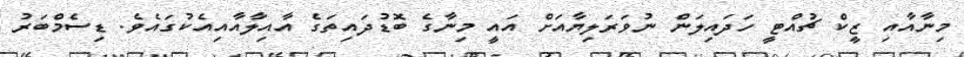
މިނާއާއި ޒީކް ޗުއްޓީ ހަދައިލަން ނުވަރަލިޔާއަށް އައީ މިނާގެ ބޮޑުދައިތަގެ އާއިލާއާއިއެކުގައެވެ. ޑިސެމްބަރު